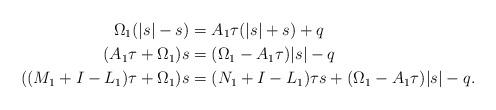
LaTeX: \begin{align*}\Omega_1(|s|-s) &=A_{1}\tau(|s|+s) + q\\(A_{1}\tau+\Omega_1)s&=(\Omega_{1}-A_{1}\tau)|s|-q\\((M_{1}+I- L_1)\tau+\Omega_1)s&=(N_1+I- L_1)\tau s+(\Omega_1-A_{1}\tau)|s|-q.\end{align*}